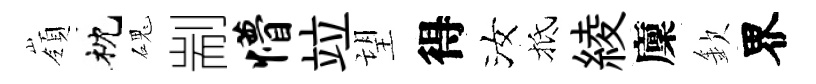
嶺枕磈剬懵竝望得汝抵綾廩欽界